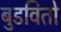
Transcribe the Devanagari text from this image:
बुडवितो